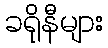
ခရိုနီများ